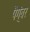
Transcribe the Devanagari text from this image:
पैग्ंबर